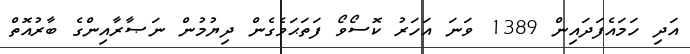
އަދި ހަމައެފަދައިން 1389 ވަނަ އަހަރު ކޮސޯވޯ ފަތަޙަވެގެން ދިޔުމުން ނަޞާރާއިންގެ ބާރުއޮތް